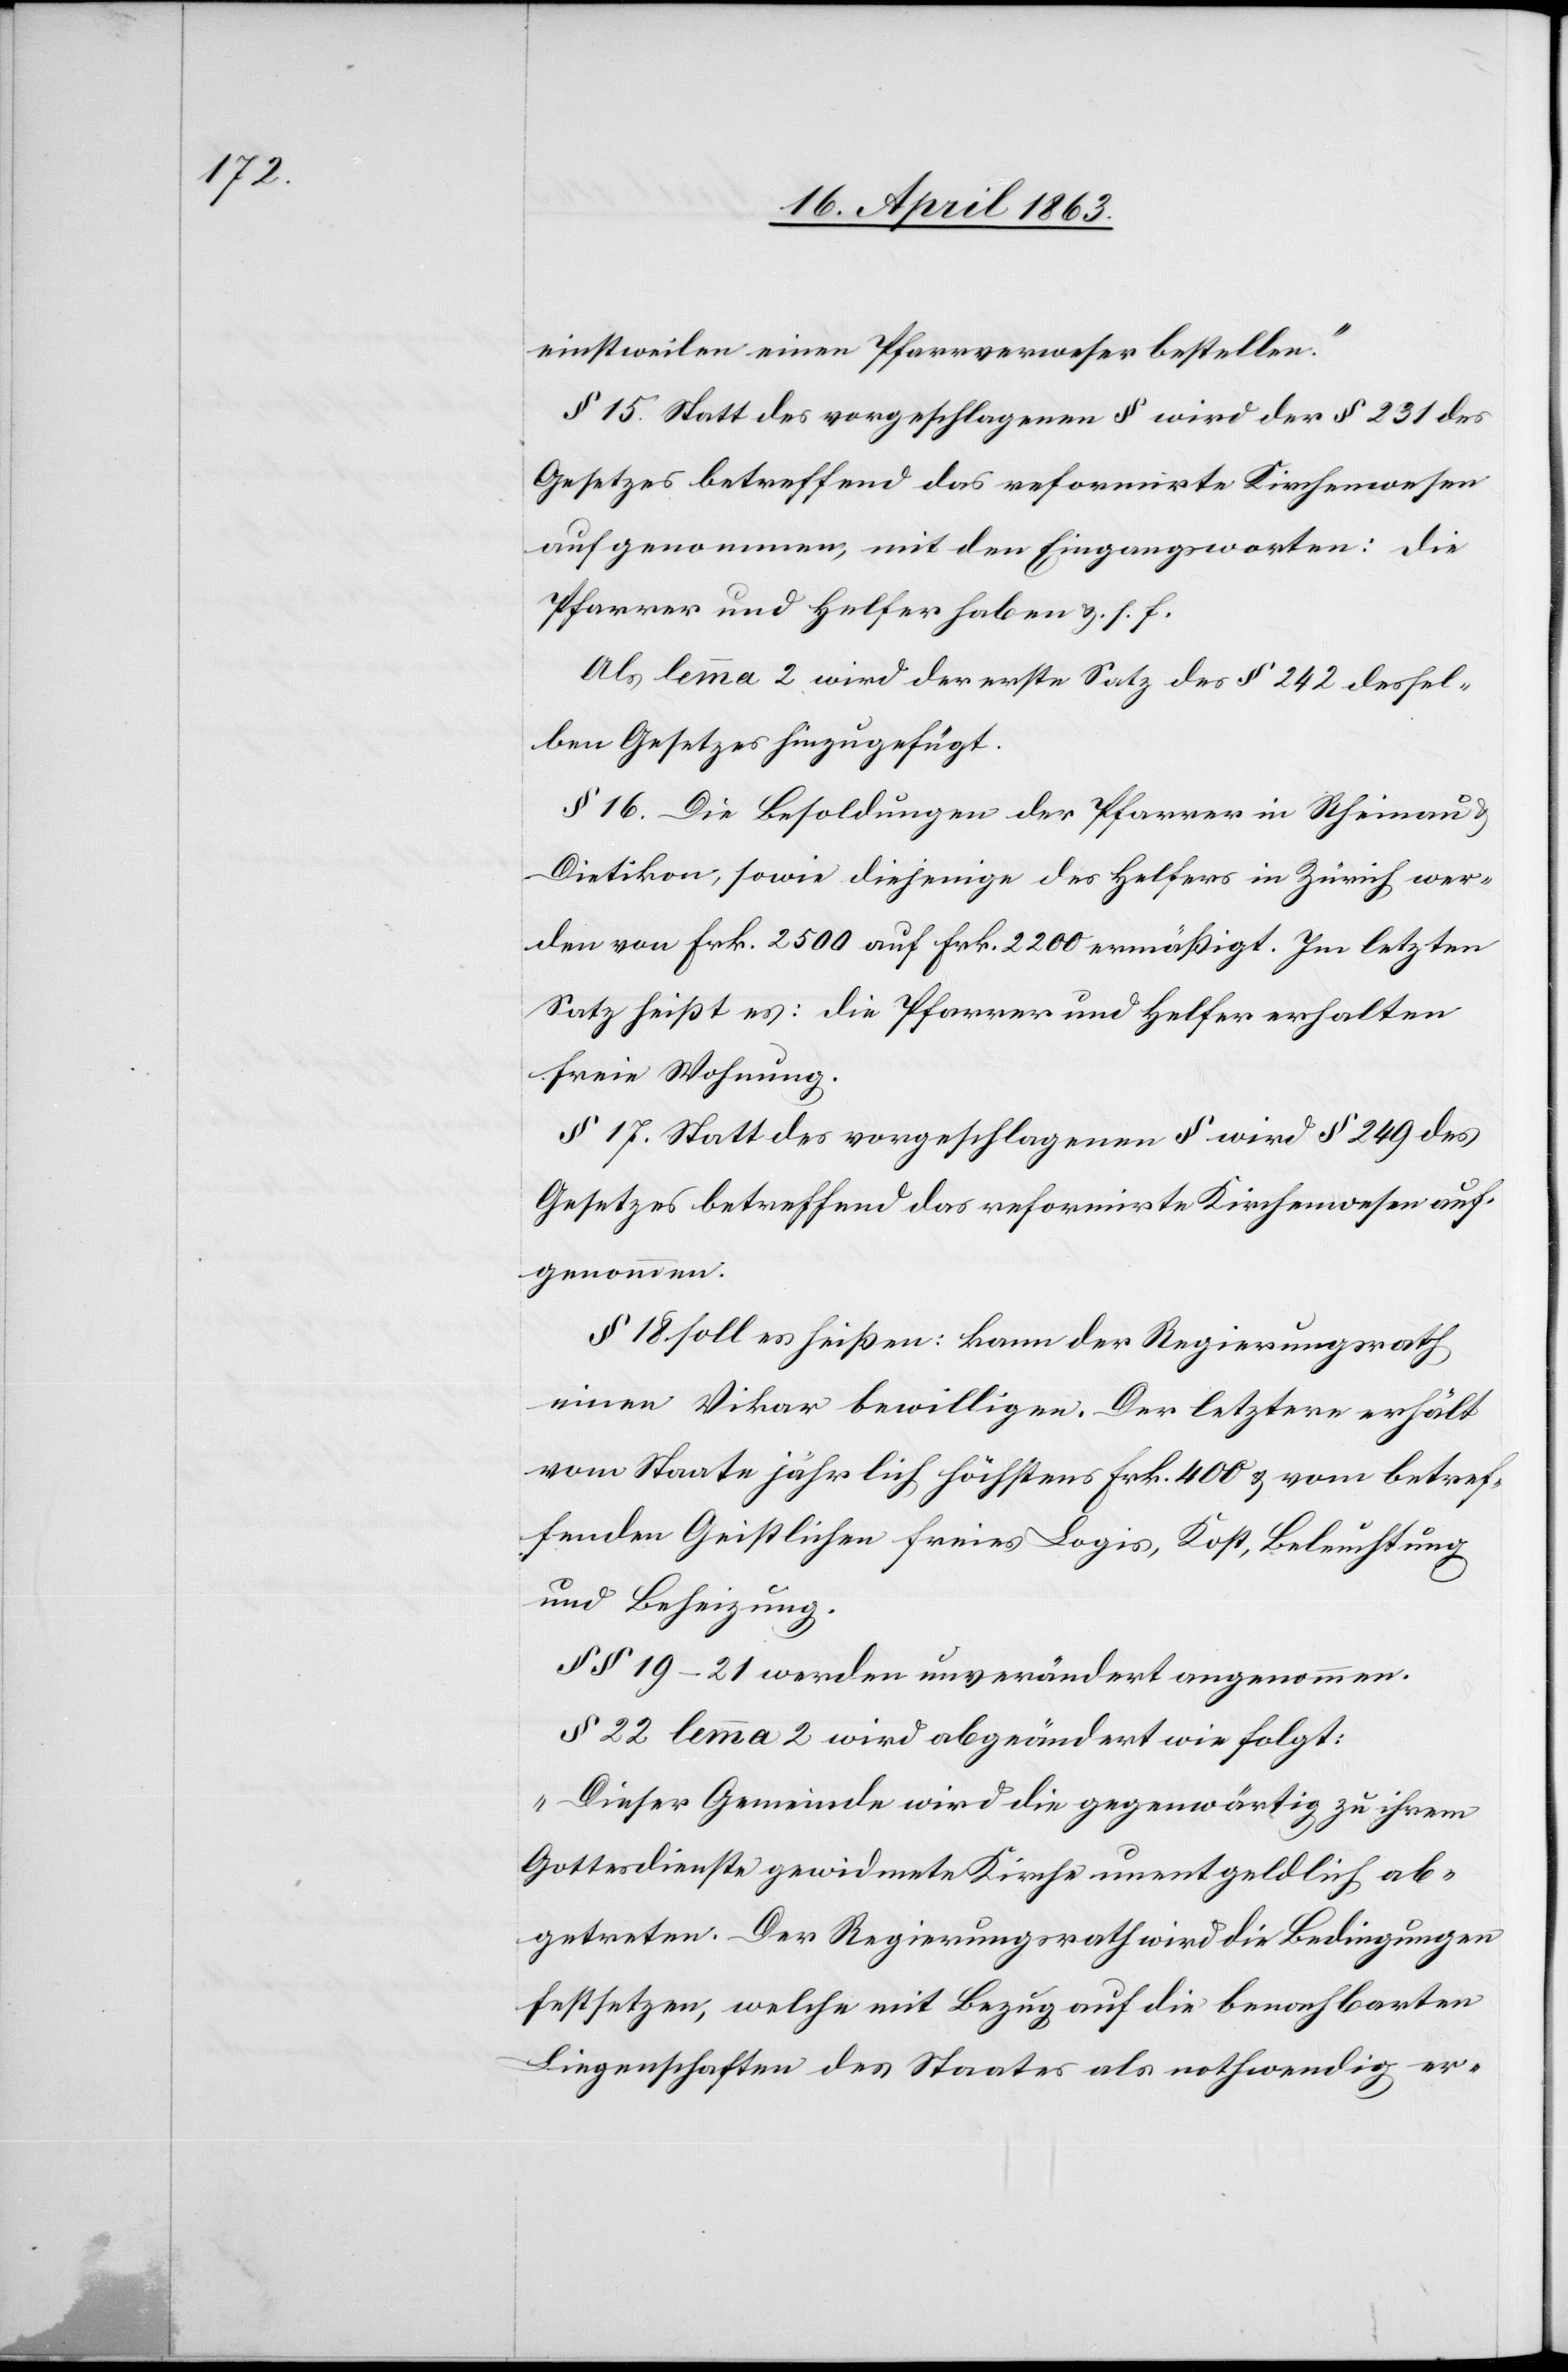
einstweilen einen Pfarrverweser bestellen.“
§ 15. Statt des vorgeschlagenen § wird der § 231 des
Gesetzes betreffend das reformirte Kirchenwesen
aufgenommen, mit den Eingangsworten: die
Pfarrer und Helfer haben &. s. f.
Als lemma 2 wird der erste Satz des § 242 dessel¬
ben Gesetzes hinzugefügt.
§ 16. Die Besoldungen der Pfarrer in Rheinau
Dietikon, sowie diejenige des Helfers in Zürich wer¬
den von Frk. 2500 auf Frk. 2200 ermäßigt. Im letzten
Satz heißt es: die Pfarrer und Helfer erhalten
freie Wohnung.
§ 17. Statt des vorgeschlagenen § wird § 249 des
Gesetzes betreffend das reformirte Kirchenwesen auf¬
genommen.
§ 18 soll es heißen: kann der Regierungsrath
einen Vikar bewilligen. Der letztere erhält
vom Staate jährlich höchstens Frk. 400 & vom betref¬
fenden Geistlichen freies Logis, Kost, Beleuchtung
und Beheizung.
§§ 19–21 werden unverändert angenommen.
§ 22 lemma 2 wird abgeändert wie folgt:
„Dieser Gemeinde wird die gegenwärtig zu ihrem
Gottesdienste gewidmete Kirche unentgeldlich ab¬
getreten. Der Regierungsrath wird die Bedingungen
festsetzen, welche mit Bezug auf die benachbarten
Liegenschaften des Staates als nothwendig er-